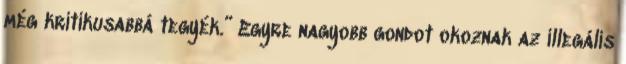
még kritikusabbá tegyék.” Egyre nagyobb gondot okoznak az illegális